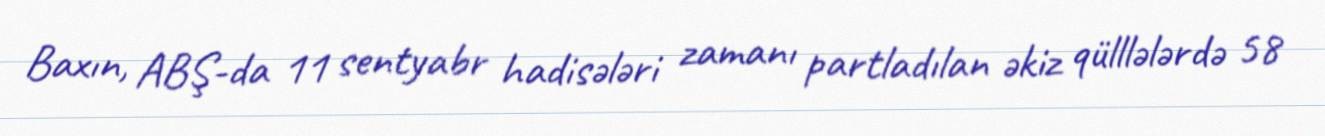
Baxın, ABŞ-da 11 sentyabr hadisələri zamanı partladılan əkiz qülllələrdə 58